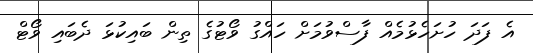
އެ ފަދަ ހުށަހެޅުމެއް ފާސްވުމަށް ހައްގު ވޯޓުގެ ތިން ބައިކުޅަ ދެބައި ވޯޓް